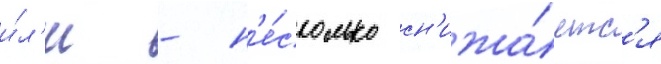
и́л'и - н'е́сколько сн'ижа́етс'я